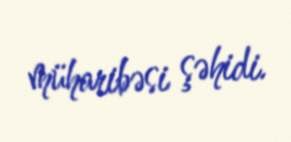
müharibəsi şəhidi.